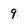
Character: 9